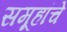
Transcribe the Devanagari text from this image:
समूहांचे